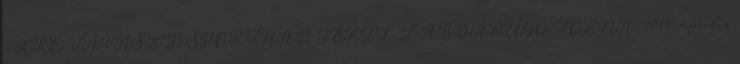
- KRE TAVASZI SPORTNAP FÉRFI LABDARÚGÓ TORNA. 2014. április